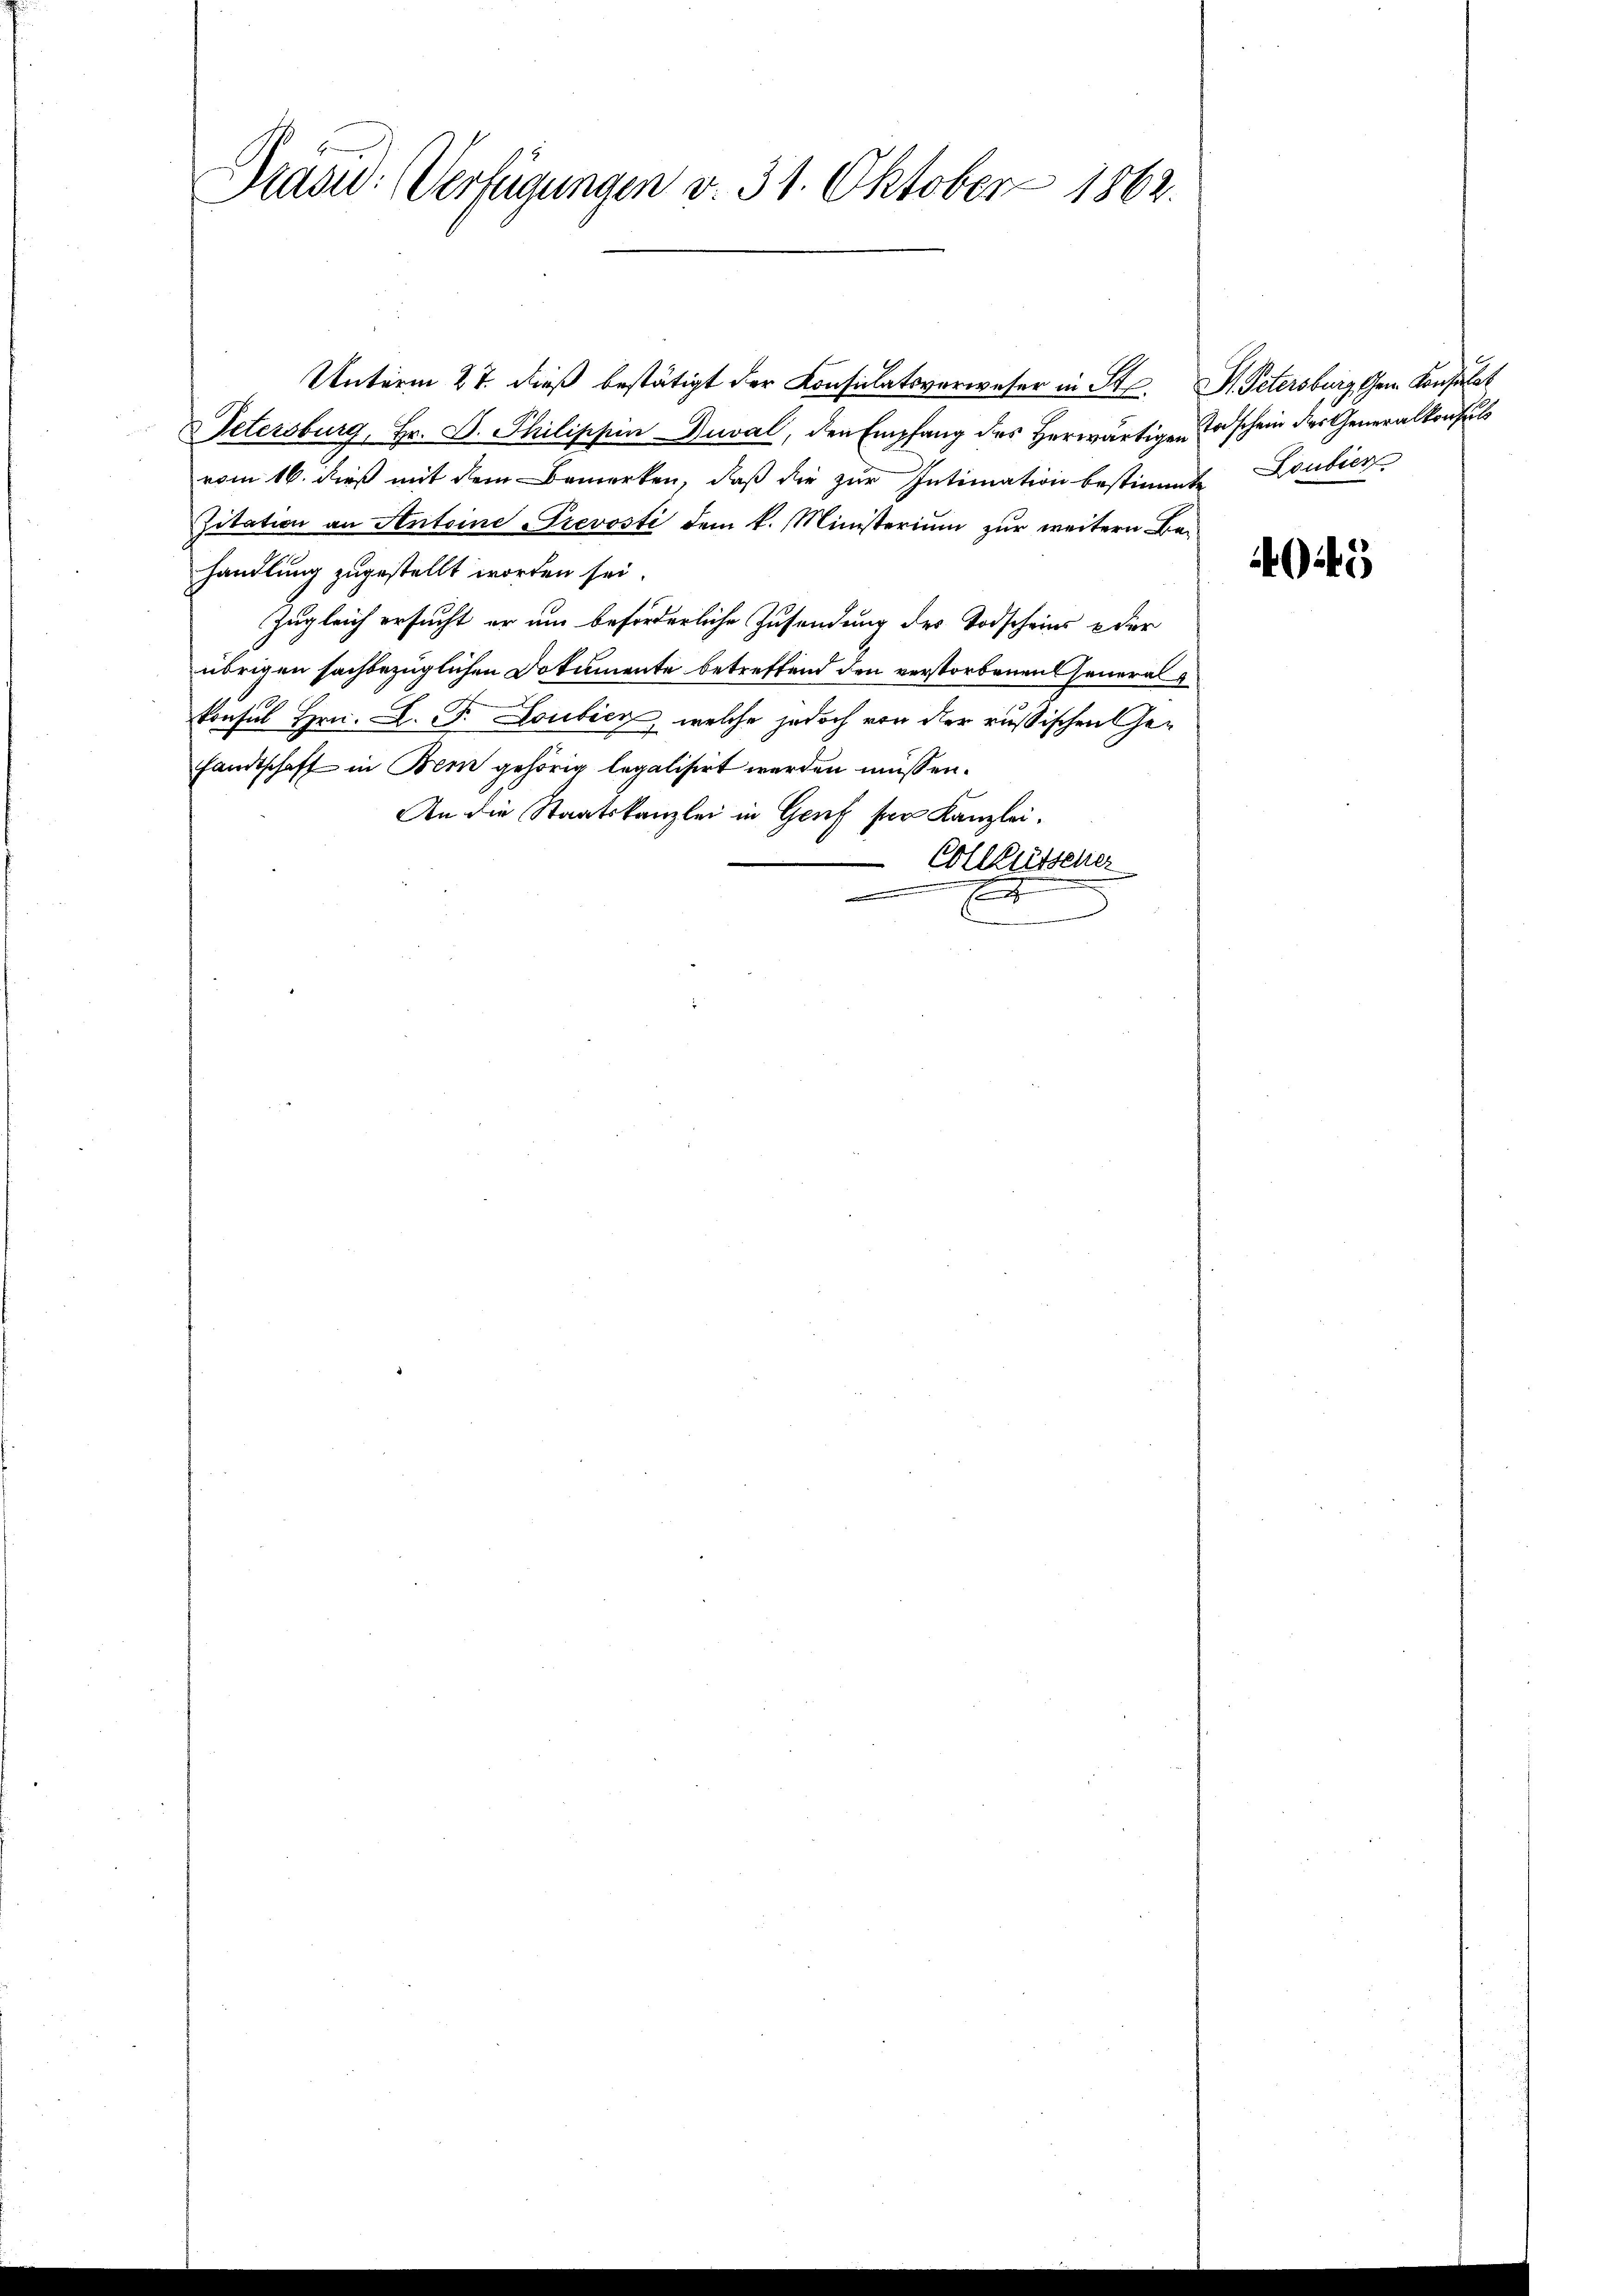
Präsid. Verfügungen v. 31. Oktober 1862.

Unterm 27. dieß bestätigt der Konsulatsverweser in St. P. Petersburg Gem. Konsulat
Petersburg, Hr. D. Philippin Duval, den Empfang des herwärtigen Todschein des Generalkonsul
vom 16. dieß mit dem Bemerken, daß die zur Intimation bestimmte Loubicz
Zitation an Antoine Prevosti dem k. Ministerium zur weitern Bau
handlung zugestellt worden sei.
Zugleich ersucht er um beförderliche Zusendung des Todscheins & der
übrigen sachbezüglichen Dokumente betreffend den verstorbenen Generalkonsul Hrn. L. F. Loubicz, welche jedoch von der russischen Gesandtschaft in Bern gehörig legalisirt werden müssen.
An die Staatskanzlei in Genf für Kanzlei.
Collissener
x
e

4O25